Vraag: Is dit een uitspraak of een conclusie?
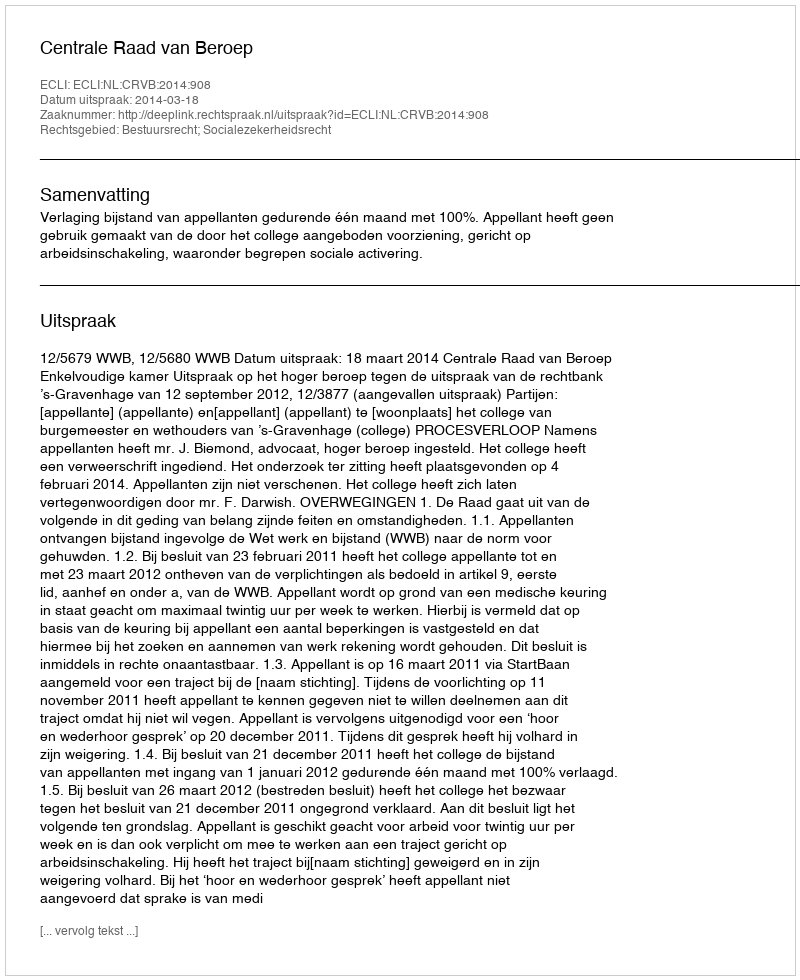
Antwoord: Uitspraak